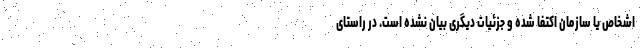
اشخاص یا سازمان اکتفا شده و جزئیات دیگری بیان نشده است. در راستای